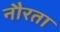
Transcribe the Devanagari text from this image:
नौरता